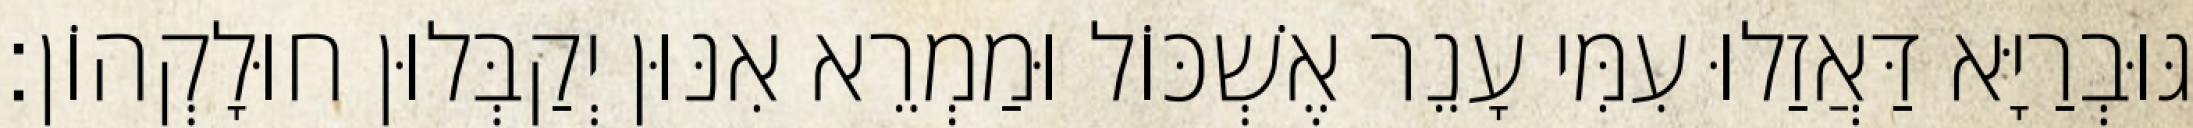
גּוּבְרַיָּא דַּאֲזַלוּ עִמִּי עָנֵר אֶשְׁכּוֹל וּמַמְרֵא אִנּוּן יְקַבְּלוּן חוּלָקְהוֹן׃